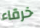
خرقاء